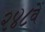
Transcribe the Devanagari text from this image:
२४८वें